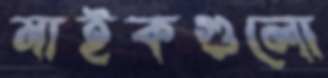
মাইকগুলো